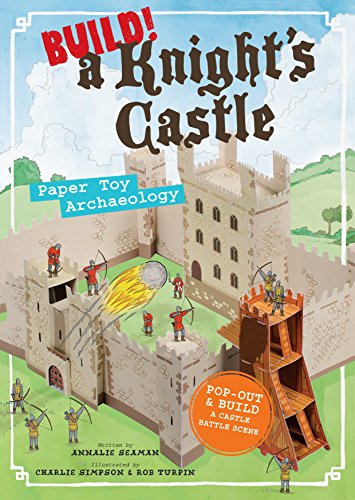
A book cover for Build! A Knight's Castle: Paper Toy Archaeology; Annalie Seaman; Children's Books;